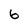
Character: 6